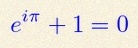
e^{i\pi}+1=0